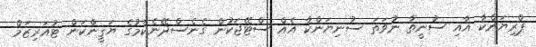
ޕްރިޔަންކާ އާއި ސުނީތާ ނުވަތަ ސުނިޔަންކާ އެއް ސްޓޭޖަކުން ގެނެސްދޭނެކަމުގެ ޔަޤީންކަން ޓުއަރިޒަމް